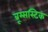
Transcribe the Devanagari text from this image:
ब्रूम्सस्टिक